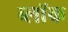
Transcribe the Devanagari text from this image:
ब्लाॅक